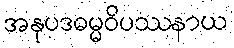
အနုပဒဓမ္မဝိပဿနာယ